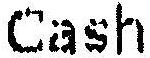
CASH